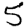
Digit: 5